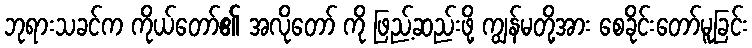
ဘုရားသခင်က ကိုယ်တော်၏ အလိုတော် ကို ဖြည့်ဆည်းဖို့ ကျွန်မတို့အား စေခိုင်းတော်မူခြင်း